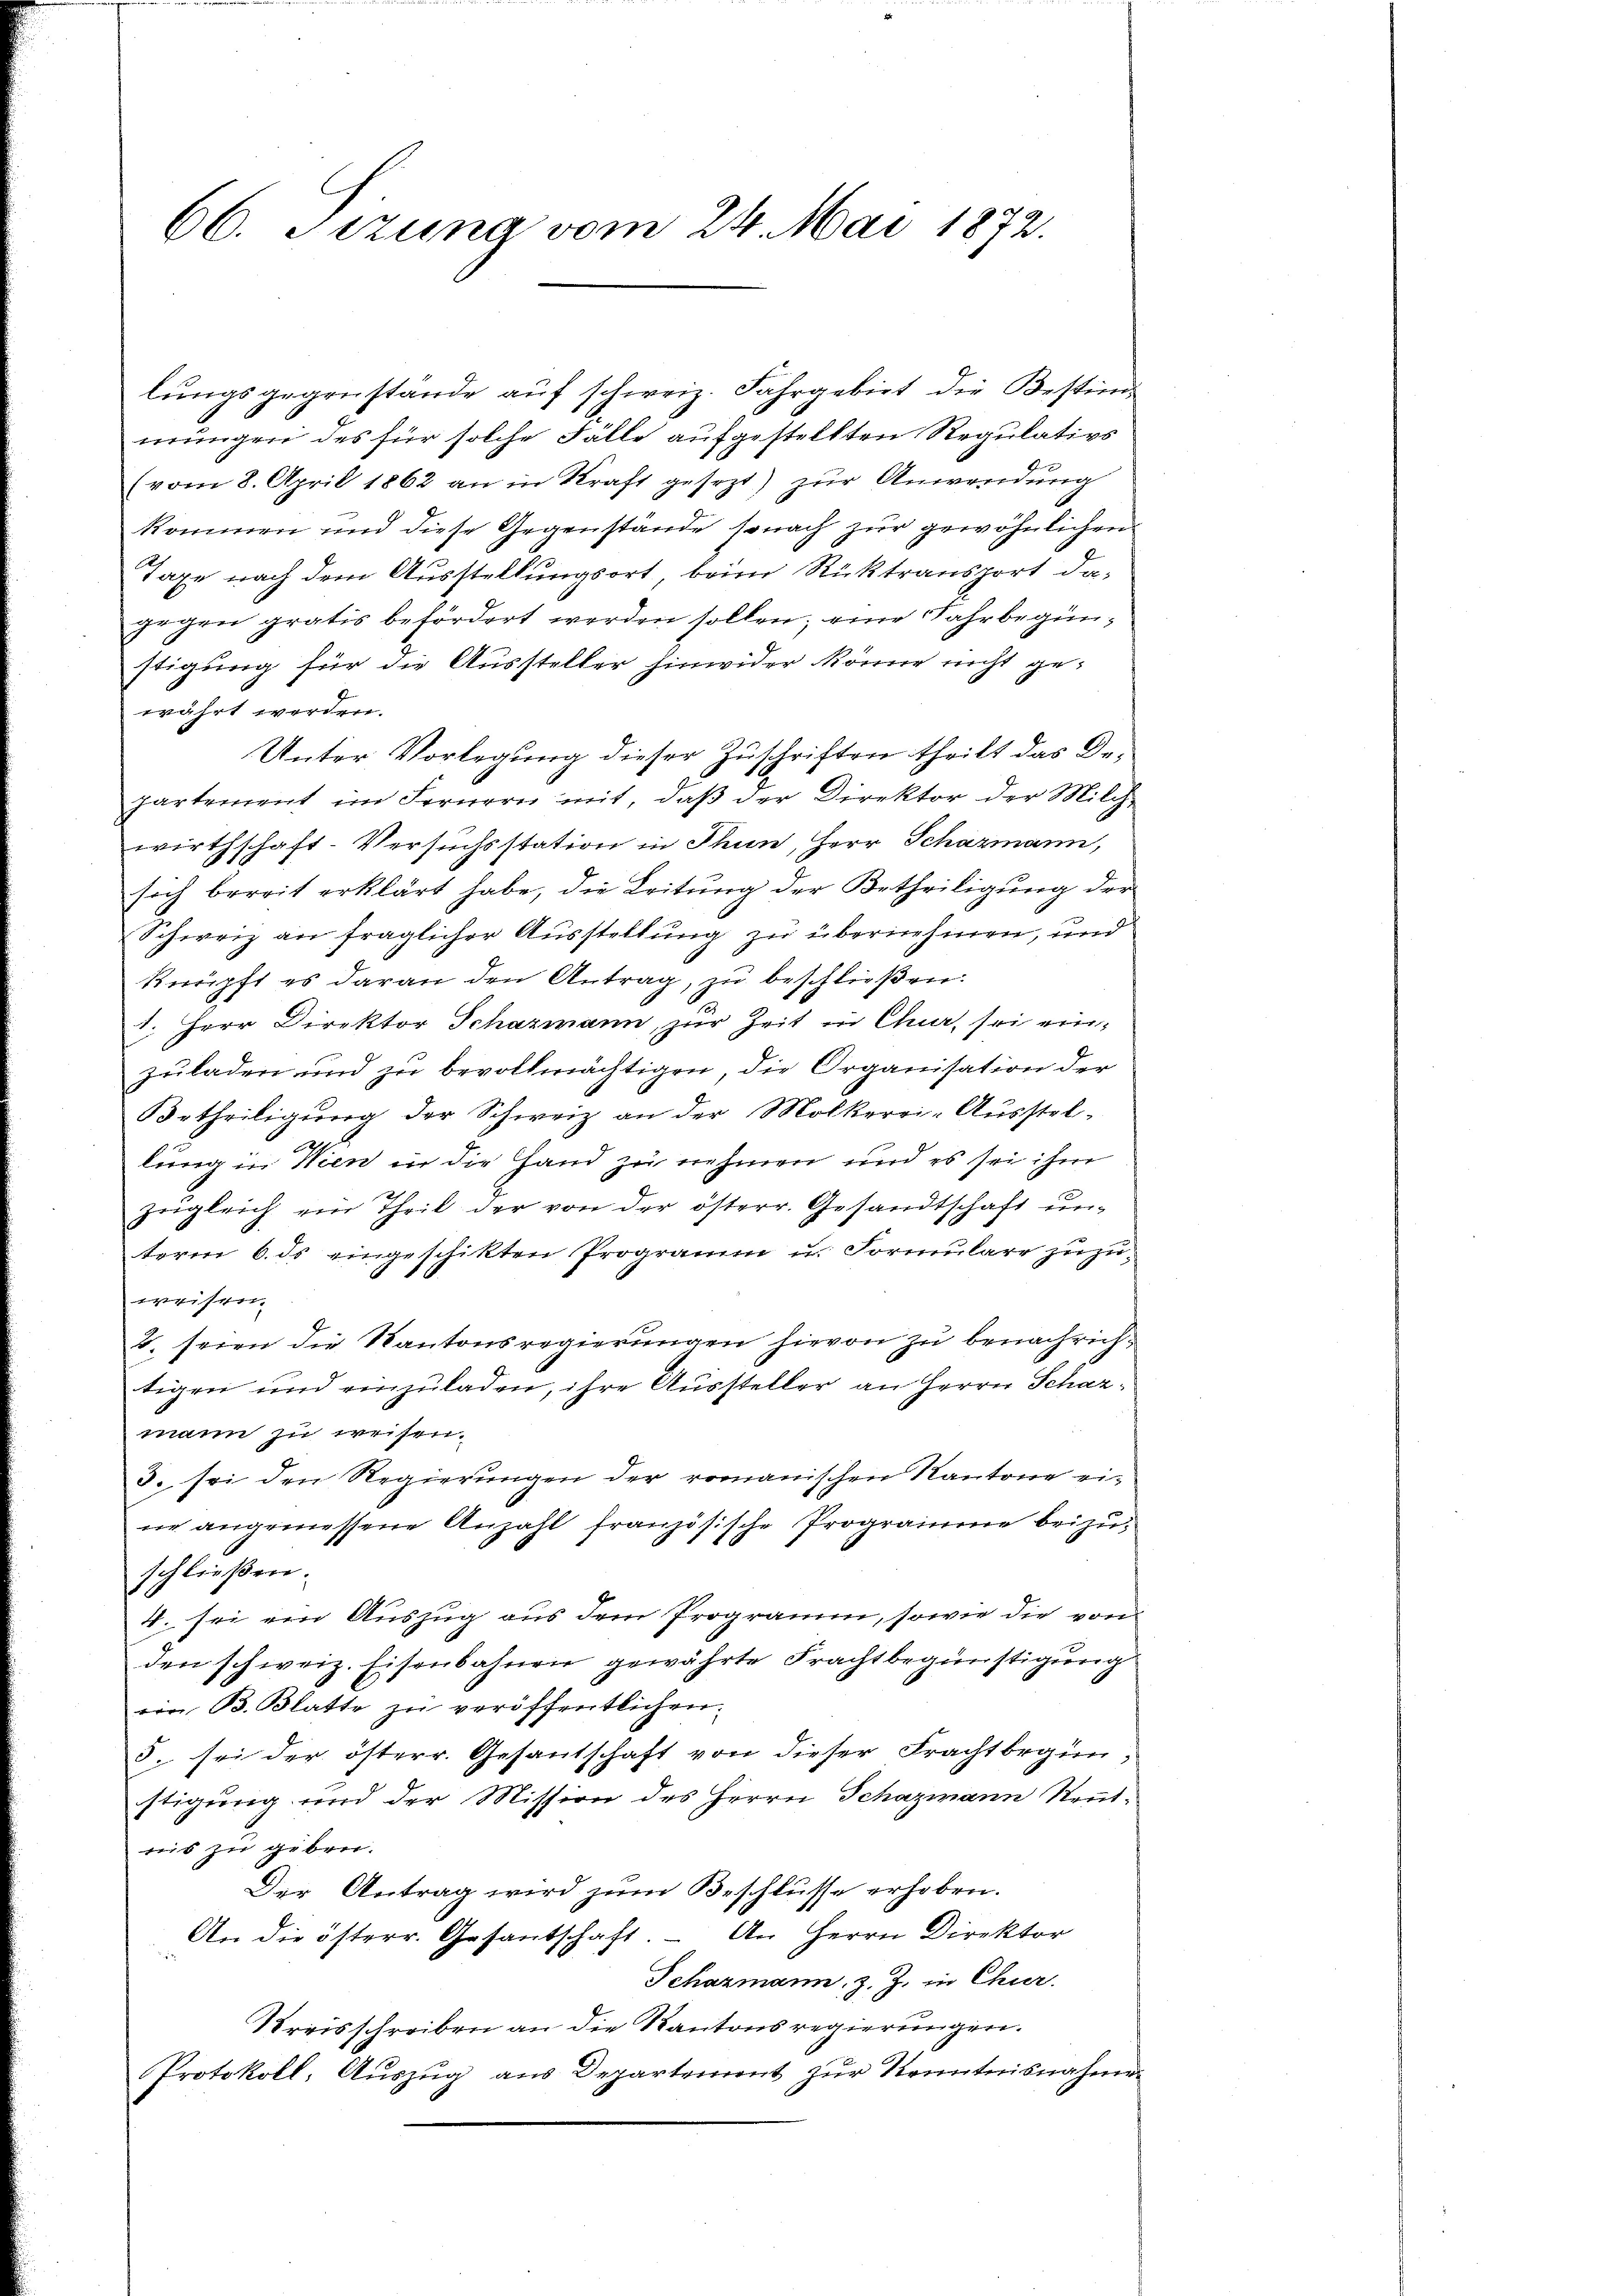
66. Sizung vom 24. Mai 1872.

lungsgegenstände auf schweiz. Fahrgebiet die Bestimmungen des für solche Fälle aufgestellten Regulativs
(vom 8. April 1862 an in Kraft gesezt) zur Anwendung
kommen und diese Gegenstände sonach zur gewöhnlichen
Taxe nach dem Ausstellungsort, beim Rücktransport dagegen gratis befördert werden sollen; eine Jahrbeginstigung für die Aussteller hinwider könne nicht gewährt werden.
Unter Vorlegung dieser Zuschriften theilt das Departement im Fernern mit, daß der Direktor der Milch
wirthschaft-Versuchsstation in Thun, Herr Schazmann,
sich bereit erklärt habe, die Leitung der Betheiligung der
Schweiz an fraglicher Ausstellung zu übernehmen, und
knüpft es daran den Antrag, zu beschließen:
1. Herr Direktor Schazmann, zur Zeit in Chur, sei einzuladen und zu bevollmächtigen, die Organisation der
Urtheiligung der Schweiz an der Mölkerri-Ausstel-
S
lung in Wien in die Hand zu nehmen und es sei ihm
zugleich ein Theil der von der österr. Gesandtschaft un-
term 6. ds eingeschikten Programm u. Formulare zuzuweisen.
2. seien die Kantonsregierungen hievon zu benachrichtigen und einzuladen, ihre Aussteller an Herrn Scharmann zu weisen.
3. sei den Regierungen der romanischen Kantone eine angemessene Anzahl französische Programme beizuschließen:
4. sei von Auszug aus dem Programm, sowie die von
den schweiz. Eisenbahnen gewährte Frachtbegünstigung
ein B. Blatte zŭ veröffentlichen
5. sei der österr. Gesantschaft von dieser Frachtbegin-
stigung und der Mission des Herrn Schazmann Neut-
ris zu geben.
Der Antrag wird zum Beschlusse erhoben.
An die österr. Gesantschaft. An Herrn Direktor
Schazmann, z. Z. in Chur.
Kreisschreiben an die Kantonsregierungen.
Protokoll, Auszug aus Departement zur Kenntnisnahme